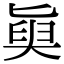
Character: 𡙊